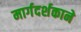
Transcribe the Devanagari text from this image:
मार्गदर्शकाने